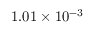
1 . 0 1 \times 1 0 ^ { - 3 }